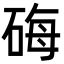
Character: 𬒐